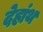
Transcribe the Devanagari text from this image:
देहांथ